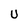
Character: U